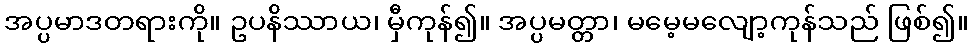
အပ္ပမာဒတရားကို။ ဥပနိဿာယ၊ မှီကုန်၍။ အပ္ပမတ္တာ၊ မမေ့မလျော့ကုန်သည် ဖြစ်၍။